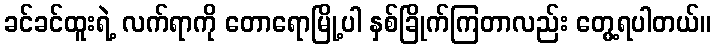
ခင်ခင်ထူးရဲ့ လက်ရာကို တောရောမြို့ပါ နှစ်ခြိုက်ကြတာလည်း တွေ့ရပါတယ်။